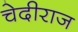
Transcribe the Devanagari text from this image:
चेदीराज